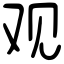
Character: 观